Reports on dispensaries and lunatic asylums in the Province of Oudh - 1869-1876
Year: 1869
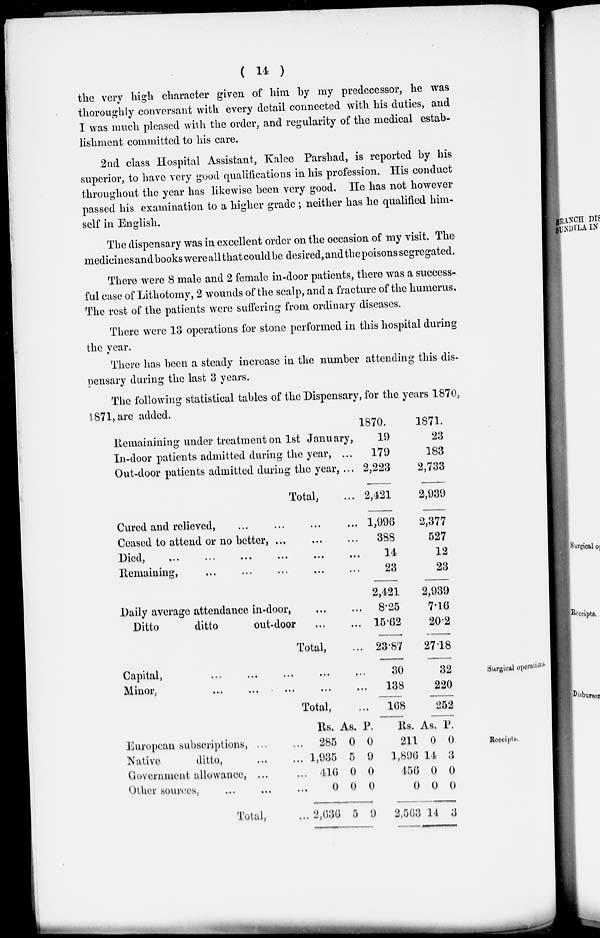
( 14 )
the very high character given of him by my predecessor, he was
thoroughly conversant with every detail connected with his duties, and
I was much pleased with the order, and regularity of the medical estab-
lishment committed to his care.
2nd class Hospital Assistant, Kalee Parshad, is reported by his
superior, to have very good qualifications in his profession. His conduct
throughout the year has likewise been very good. He has not however
passed his examination to a higher grade ; neither has he qualified him-
self in English.
The dispensary was in excellent order on the occasion of my visit. The
medicines and books were all that could be desired, and the poisons segregated.
There were 8 male and 2 female in-door patients, there was a success-
ful case of Lithotomy, 2 wounds of the scalp, and a fracture of the humerus.
The rest of the patients were suffering from ordinary diseases.
There were 13 operations for stone performed in this hospital during
the year.
There has been a steady increase in the number attending this dis-
pensary during the last 3 years.
The following statistical tables of the Dispensary, for the years 1870,
1871,are added.
Remaining under treatment on 1st January,
In-door patients admitted during the year, ...
Out-door patients admitted during the year, ...
Total, ...
Cured and relieved, ... ... ... ...
Ceased to attend or no better, ...
...
...
Died,
...
...
...
...
...
...
Remaining,
...
...
...
...
...
Daily average attendance in-door,
...
...
Ditto
ditto
out-door
...
...
Total, ...
1870.
19
179
2,223
2,421
1,996
388
14
23
2,421
8.25
15.62
23.87
1871.
23
183
2,733
2,939
2,377
527
12
23
2,939
7.16
20.2
27.18
Surgical operations.
Capital,
...
...
...
...
...
...
Minor,
...
...
...
...
...
...
Total, ...
30
138
168
32
220
252
Receipts.
European subscriptions, ... ...
Native
ditto,
...
...
Government allowance, ... ...
Other sources,
...
...
...
Total, ...
Rs.
285
1,935
416
0
2,636
As.
0
5
0
0
5
P.
0
9
0
0
9
Rs.
211
1,896
456
0
2,563
As.
0
14
0
0
14
P.
0
3
0
0
3